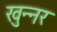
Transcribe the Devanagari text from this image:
खुन्नर